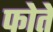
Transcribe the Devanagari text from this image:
फोते